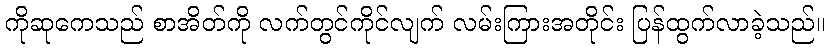
ကိုဆုကေသည် စာအိတ်ကို လက်တွင်ကိုင်လျက် လမ်းကြားအတိုင်း ပြန်ထွက်လာခဲ့သည်။